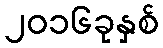
၂၀၁၆ခုနှစ်